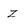
Character: Z